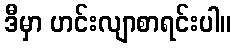
ဒီမှာ ဟင်းလျာစာရင်းပါ။